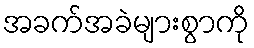
အခက်အခဲများစွာကို